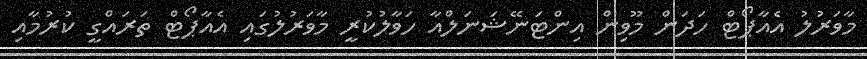
މާވަރުލު އެއާޕޯޓް ހަދަން މޫވިން އިންޓަނޭޝަނަލްއާ ހަވާލުކުރީ މާވަރުލުގައި އެއާޕޯޓް ތަރައްގީ ކުރުމާއި